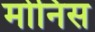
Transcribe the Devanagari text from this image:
मोनिस